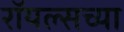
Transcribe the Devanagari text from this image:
रॉयल्सच्या